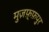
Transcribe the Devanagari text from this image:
मुज़फ़्फ़पुर